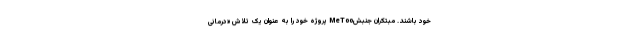
خود باشند. مبتکران جنبشMeToo پروژه خود را به عنوان یک تلاش «درمانی